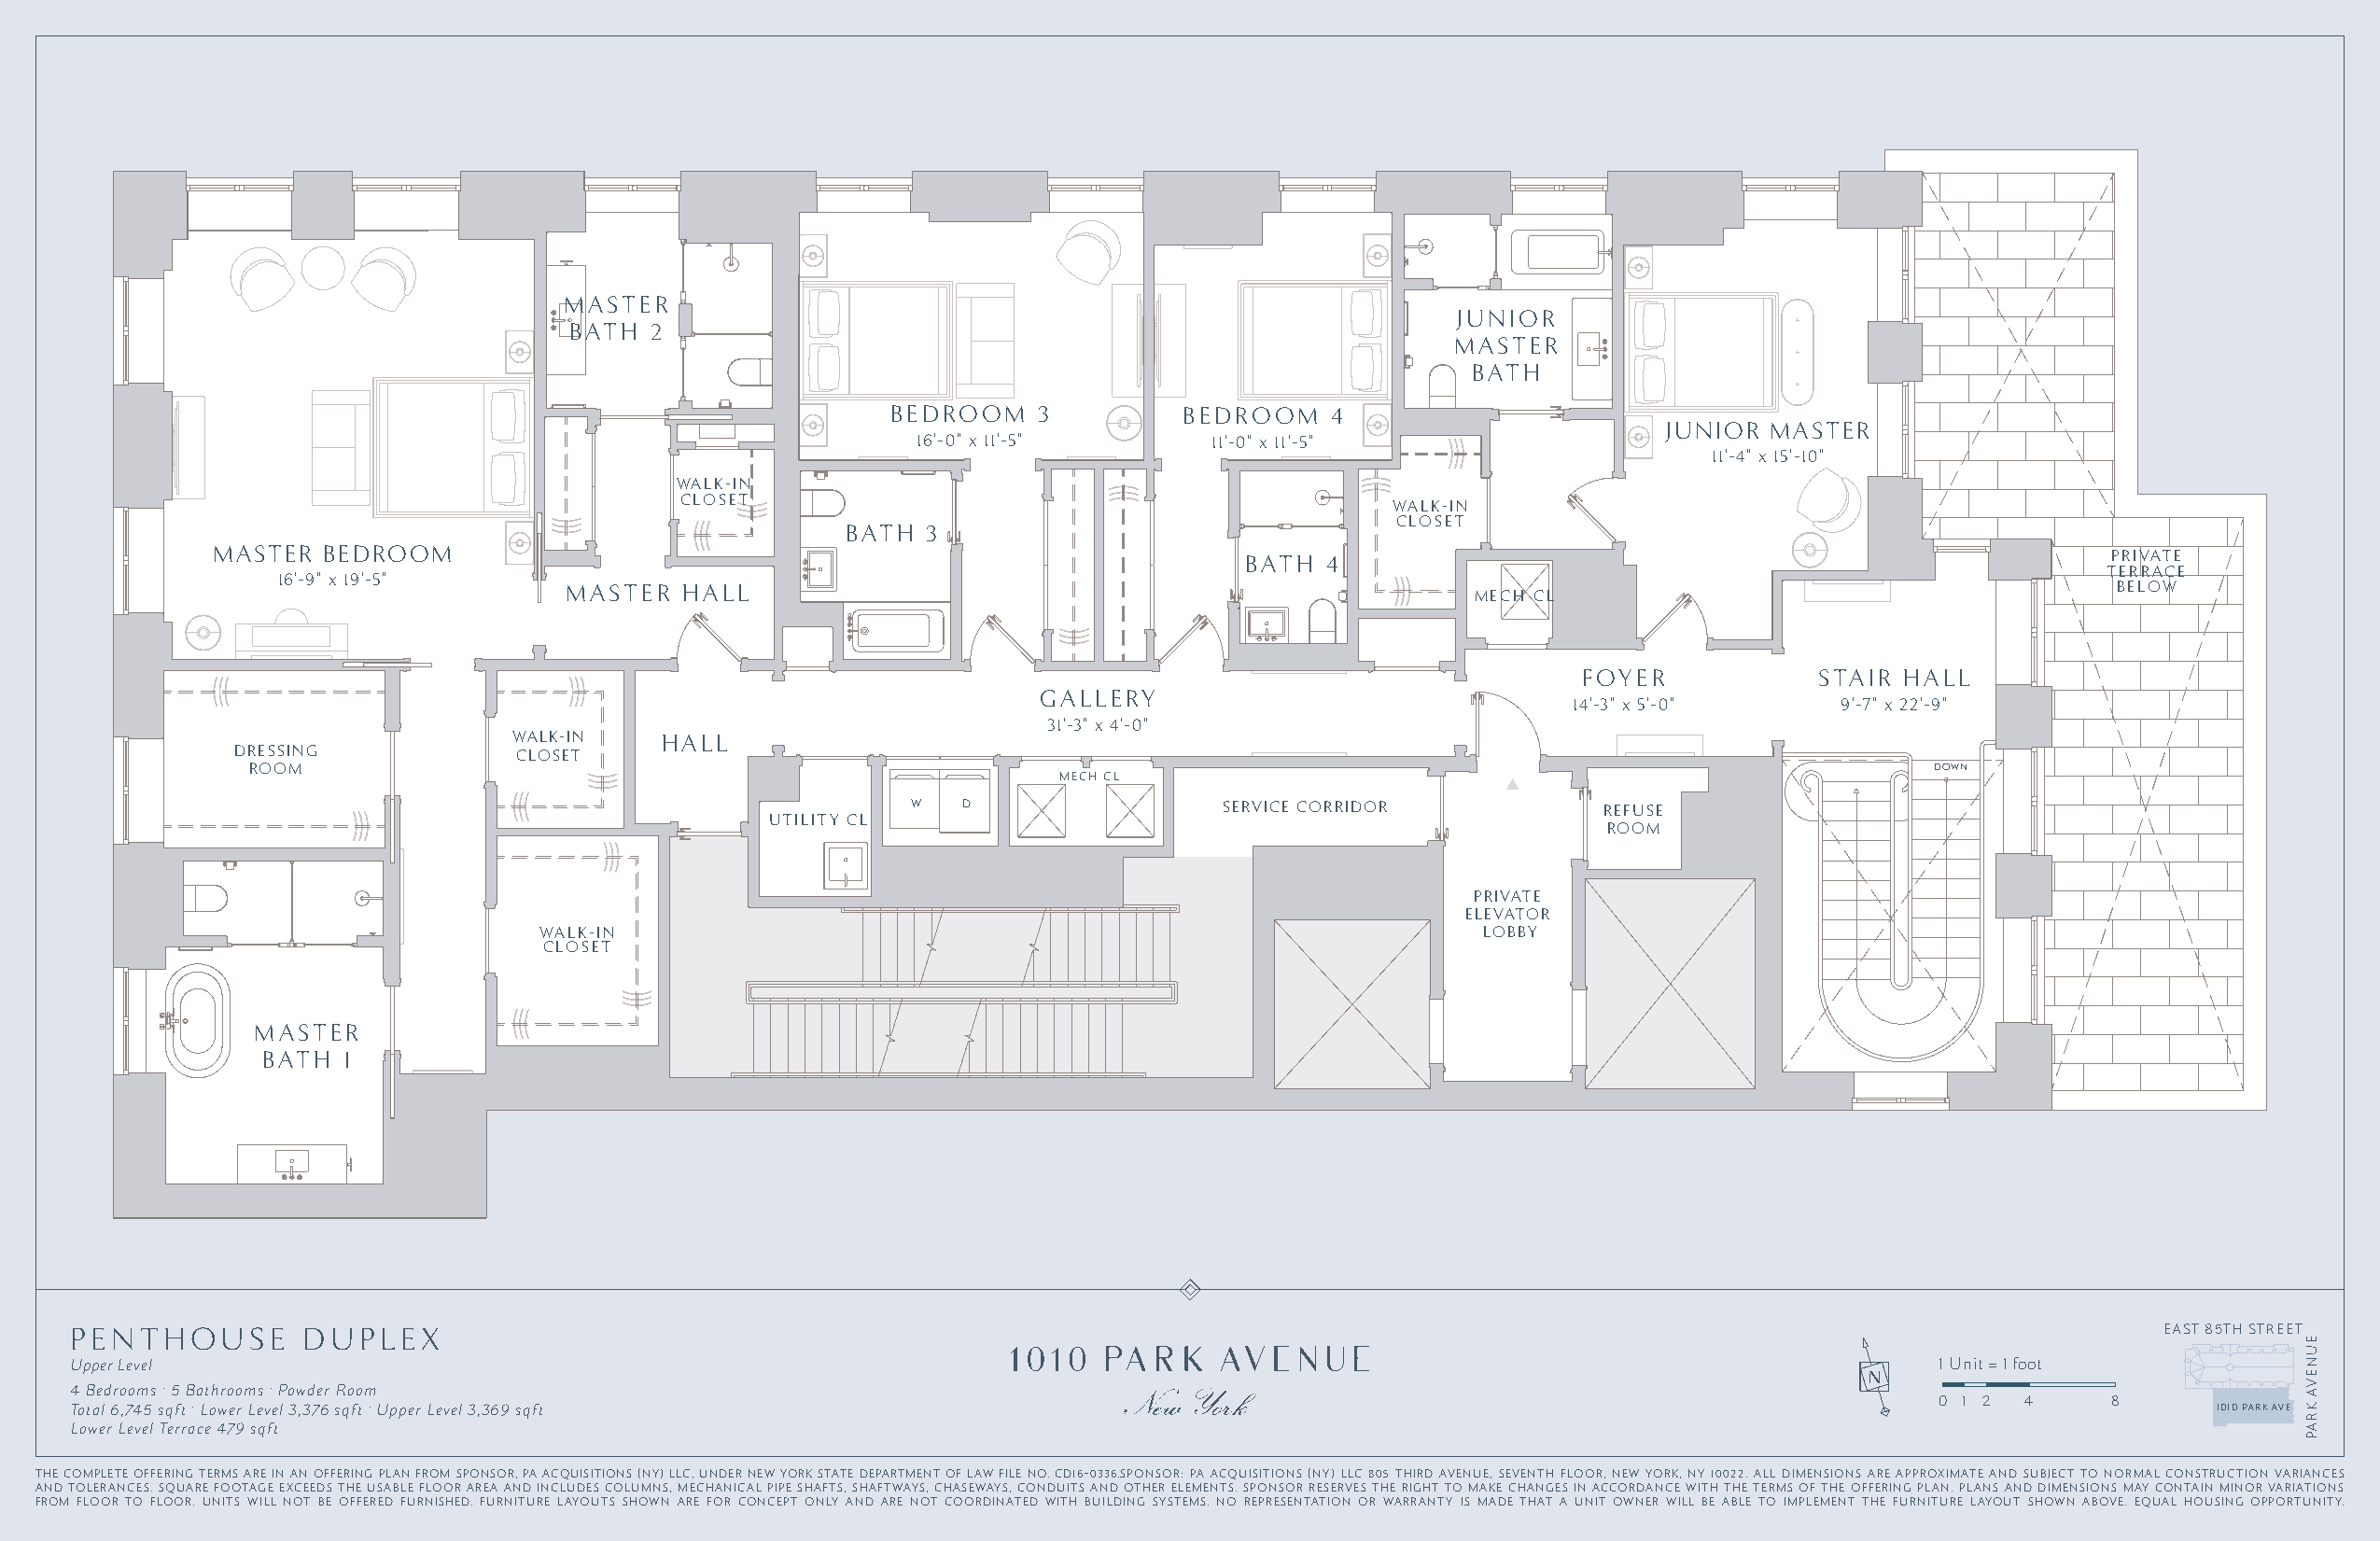
MASTER
 JUNIOR
 BATH  2
 MASTER
 BATH
 BEDROOM    3         BEDROOM   4
 JUNIOR  MASTER
 16'-0" x 11'-5"      11'-0" x 11'-5"
 11'-4" x 15'-10"
 WALK-IN
 CLOSET
 WALK-IN
 CLOSET
 BATH  3
 MASTER  BEDROOM                                                          BATH  4                                                       PRIVATE
 TERRACE
 16'-9" x 19'-5"
 MASTER  HALL                                                     MECH CL                                      BELOW
 FOYER            STAIR HALL
 GALLERY
 14'-3" x 5'-0"     9'-7" x 22'-9"
 31'-3" x 4'-0"
 WALK-IN    HALL
 DRESSING            CLOSET
 ROOM                                                                                                                   DOWN
 MECH CL
 W  D                  SERVICE CORRIDOR           REFUSE
 UTILITY CL
 ROOM
 PRIVATE
 ELEVATOR
 WALK-IN                                                            LOBBY
 CLOSET
 MASTER
 BATH 1
 PENTHOUSE       DUPLEX                                                                                                                              EAST 85TH STREET
 Upper Level                                                                                                                         1 Unit = 1 foot
 .      .                                                                                                                 N
 4 Bedrooms 5 Bathrooms Powder Room
 .           .                                                                                                              0 1 2  4     8 Total 6,745 sqft Lower Level 3,376 sqft Upper Level 3,369 sqft 1010 PARK AVE
 Lower Level Terrace 479 sqft
 THE COMPLETE OFFERING TERMS ARE IN AN OFFERING PLAN FROM SPONSOR, PA ACQUISITIONS (NY) LLC, UNDER NEW YORK STATE DEPARTMENT OF LAW FILE NO. CD16-0336.SPONSOR: PA ACQUISITIONS (NY) LLC 805 THIRD AVENUE, SEVENTH FLOOR, NEW YORK, NY 10022. ALL DIMENSIONS ARE APPROXIMATE AND SUBJECT TO NORMAL CONSTRUCTION VARIANCES
 AND TOLERANCES. SQUARE FOOTAGE EXCEEDS THE USABLE FLOOR AREA AND INCLUDES COLUMNS, MECHANICAL PIPE SHAFTS, SHAFTWAYS, CHASEWAYS, CONDUITS AND OTHER ELEMENTS. SPONSOR RESERVES THE RIGHT TO MAKE CHANGES IN ACCORDANCE WITH THE TERMS OF THE OFFERING PLAN. PLANS AND DIMENSIONS MAY CONTAIN MINOR VARIATIONS
 FROM FLOOR TO FLOOR. UNITS WILL NOT BE OFFERED FURNISHED. FURNITURE LAYOUTS SHOWN ARE FOR CONCEPT ONLY AND ARE NOT COORDINATED WITH BUILDING SYSTEMS. NO REPRESENTATION OR WARRANTY IS MADE THAT A UNIT OWNER WILL BE ABLE TO IMPLEMENT THE FURNITURE LAYOUT SHOWN ABOVE. EQUAL HOUSING OPPORTUNITY.
 EUNEVA
 KRAP